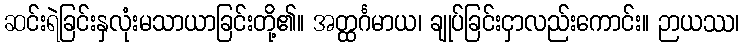
ဆင်းရဲခြင်းနှလုံးမသာယာခြင်းတို့၏။ အတ္ထင်္ဂမာယ၊ ချုပ်ခြင်းငှာလည်းကောင်း။ ဉာယဿ၊